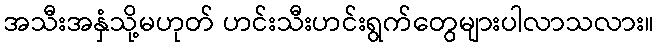
အသီးအနှံသို့မဟုတ် ဟင်းသီးဟင်းရွက်တွေများပါလာသလား။